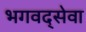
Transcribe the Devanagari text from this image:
भगवद्सेवा